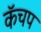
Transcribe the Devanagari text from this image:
कॅचप